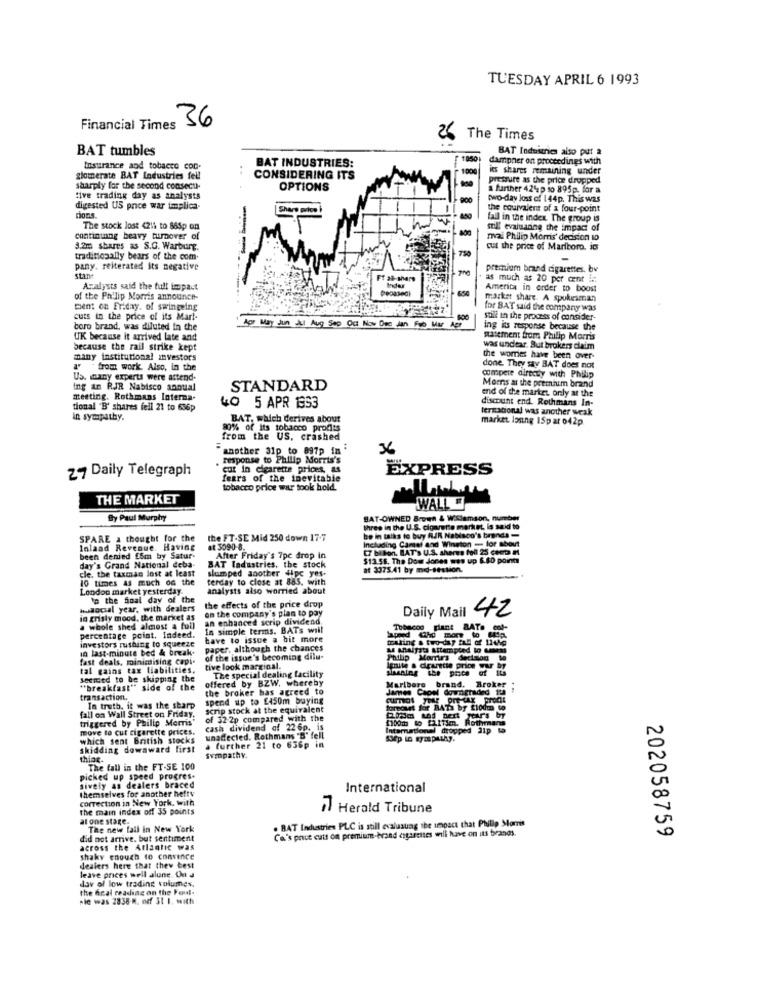
TUESDAY APRIL 6 1993
Financial Times 36
26 The Times
BAT tumbles
BAT Industries also put 2
BAT INDUSTRIES:
dampner on proceedings with
Insurance and tobacco con-
ies shares remaining under
glomerate BAT Lodustries fell
CONSIDERING ITS
8
pressure as the price dropped
sharply for the second consecu-
OPTIONS
a further 42% p to 895p. for a
tive trading day as analysts
two-day loss of 144p. This was
digested US price war implica-
Sharp price
the couivalent of a four-point
fall in the index. The group is
The stock lost 4216 to 865p on
mill evaluaning the impact of
continuing beavy turnover of
nvai Philip Morris' decision 10
3.2m shares as S.G. Warburg.
cut the price of Marlboro, its
traditionally bears of the com.
pany. reiterated Its negative
premium brand cigarettes. bv
stane
Ff 28-share
as much as 20 per cent in
Analysts said the full impact
Peoasedi
Inder
Amerita in order to boost
of the Philip Morris announce-
market share. A spokesman
ment on Friday. of swinging
for BAT said the company was
cuts in the price of its Mart-
still in the process of consider-
boro brand, was diluted In the
Ro May Jun Jul Aug Sep Oct Nov Dee
For0 M
ing its response because the
UK because it arrived late and
paiement from Philip Morris
because the rail strike kept
was undtar. But brokers claim
many institutional investors
the womes have been over-
from work. Also, in the
done They say BAT does not
Us. inany experts were attend-
compete directly with Philip
Moms at the premium brand
ing an RJR Nabisco annual
STANDARD
end of the market, only at the
meeting. Rothmans Interna-
discount end. Rothmans In-
tional 'B' shares fell 21 to 656p
4O 5 APR 1853
lernational was another weak
in sympathy.
BAT, which derives about
market. losing 15p ar 042p
80% of its tobacco prodis
from the US, crashed
another 31p to 897p in
36
Response to Philip Morris's
27 Daily Telegraph
cut in cigarette prices, as
EXPRESS
fears of the inevitable
tobacco price war took hold.
THE MARKET
WALL
By Paul Murphy
BAT-OWNED Brown & Wsamson, number
three in the U.S. cigarette market, is said to
SPARE a thought for the
the FT-SE Mid 250 down 17-7
be in talks to buy RJR Nabisco's brands -
Including Camel sod Winston -- for about
Inland Revenue. Having
at 3090-8.
[7 bilion. BAT's U.S. shares foll 25 cena I
After Friday's 7pc drop in
$13.56. The Dow Jones was up 6.60 points
day's Grand National deba-
cle, the taxman lost at least
BAT Industries, the stock
slumped another dipc yes.
at 3375.41 by mid-session.
10 times As much og the
terday to close at 885, with
London market yesterday.
analysts also worried about
'a the final day of the
hudocial year, with dealers
on the company's plan to pay
the effects of the price drop
Daily Mail
42
in grisly mood, the market as
an enhanced scrip dividend
a whole shed almost a full
Is simple terms. BATs will
Tobacco giant BATO col-
percentage point. Indeed.
investors rushing to squeeze
have to issue a bit more
touting a two-day fal of 114kg
in last-minute bed & break.
paper. although the chances
a Analysts attempted to umness
fast deals. minimising capi-
of the issue's becoming dilu-
Philip Morris decision to
tal gains tax liabilities,
tive look marginal.
leite a drarette price war by
seemed to be skipping the
offered by BZW, whereby
The special dealing facility
"breakfast" side of the
the broker has agreed to
Marlboro brand. Broker
James Caon downgraded It
transaction.
spend up to £450m buying
In truth. it was the sharp
scrip stock at the equivalent
fall on Wall Street on Friday.
triggered by Philip Morris
of 32-2p compared with the
1100m to [211im. Rothmans
move to cut cigarette prices.
cash dividend of 22 60. is
International dropped alp ta
which sent British stocks
unadecied. Rothmans "B" fell
skidding downward First
a further 21 to 656p in
thing.
sympathy.
The fall in the FT-SE 100
picked up speed progres-
themselves for another hefty
sively as dealers braced
International
correction in New York, with
the main index off 35 points
17 Herald Tribune
at one stage.
. BAT Industries PLC is still evalusung the impact that Philip Morris
The new fall in New York
Ca's price cuts on premium-brand cigarettes will have on its brands.
did not arrive. but sentiment
202058759
across the Atlantic was
shaky enough to convince
dealers here that thew best
leave prices well alune. On d
dav of low trading volumes.
the final reading on the Font.
wie was 2838-N. odf 31 1. with